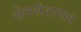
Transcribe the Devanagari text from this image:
सेनसेशनल